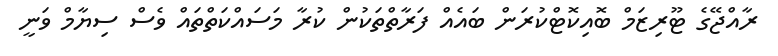
ރާއްޖޭގެ ޓޫރިޒަމް ބޮއިކޮޓްކުރަން ބައެއް ފަރާތްތަކުން ކުރާ މަސައްކަތްތައް ވެސް ސިޔާމް ވަނީ